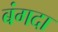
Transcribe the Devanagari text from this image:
बंगदा